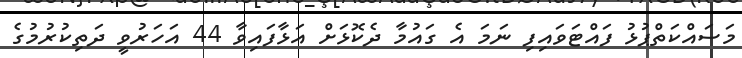
މަސައްކަތްޕުޅު ފައްޓަވައިފި ނަމަ އެ ގައުމާ ދެކޮޅަށް އަޅާފައިވާ 44 އަހަރުވީ ދަތިކުރުމުގެ